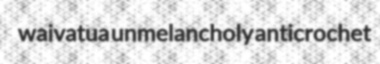
waivatua unmelancholy anticrochet